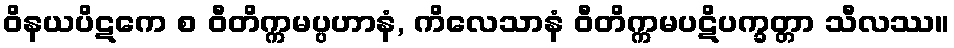
ဝိနယပိဋကေ စ ဝီတိက္ကမပ္ပဟာနံ, ကိလေသာနံ ဝီတိက္ကမပဋိပက္ခတ္တာ သီလဿ။